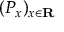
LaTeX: ( P _ { x } ) _ { x \in \mathbf { R } }